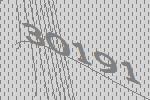
30191